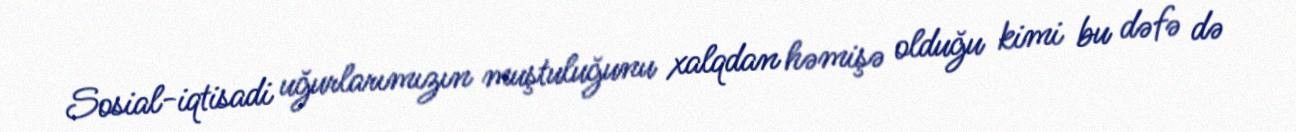
Sosial-iqtisadi uğurlarımızın muştuluğunu xalqdan həmişə olduğu kimi bu dəfə də